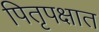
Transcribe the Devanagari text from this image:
पितृपक्षात